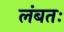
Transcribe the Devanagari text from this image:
लंबतः